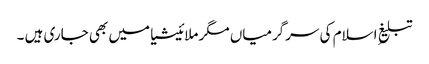
تبلیغِ اسلام کی سرگرمیاں مگر ملائیشیا میں بھی جاری ہیں ۔